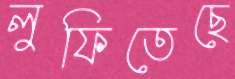
লুফিতেছে